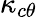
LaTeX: \kappa_{c\theta}